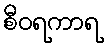
စီဝရကာရ